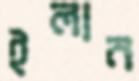
ইলান